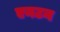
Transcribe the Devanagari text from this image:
एनटन